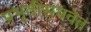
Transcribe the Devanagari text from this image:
प्रभृतींसमवेत